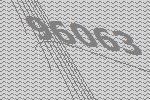
96063